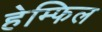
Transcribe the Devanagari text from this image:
हेम्फिल